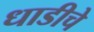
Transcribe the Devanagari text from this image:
धाडीचे